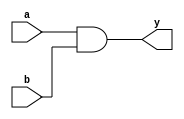

module sub_module(input a , input b , output y);
 assign y = a & b;
endmodule



module multiple_module_opt2(input a , input b , input c , input d , output y);
wire n1,n2,n3;

sub_module U1 (.a(a) , .b(1'b0) , .y(n1));
sub_module U2 (.a(b), .b(c) , .y(n2));
sub_module U3 (.a(n2), .b(d) , .y(n3));
sub_module U4 (.a(n3), .b(n1) , .y(y));


endmodule